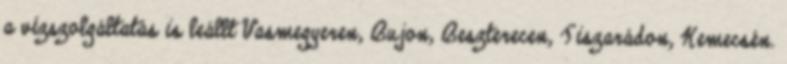
a vízszolgáltatás is leállt Vasmegyeren, Bujon, Beszterecen, Tiszarádon, Kemecsén.